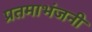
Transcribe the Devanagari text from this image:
प्रतमाभंजनी